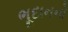
ભૂદાનનો